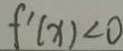
f ^ { \prime } ( x ) < 0